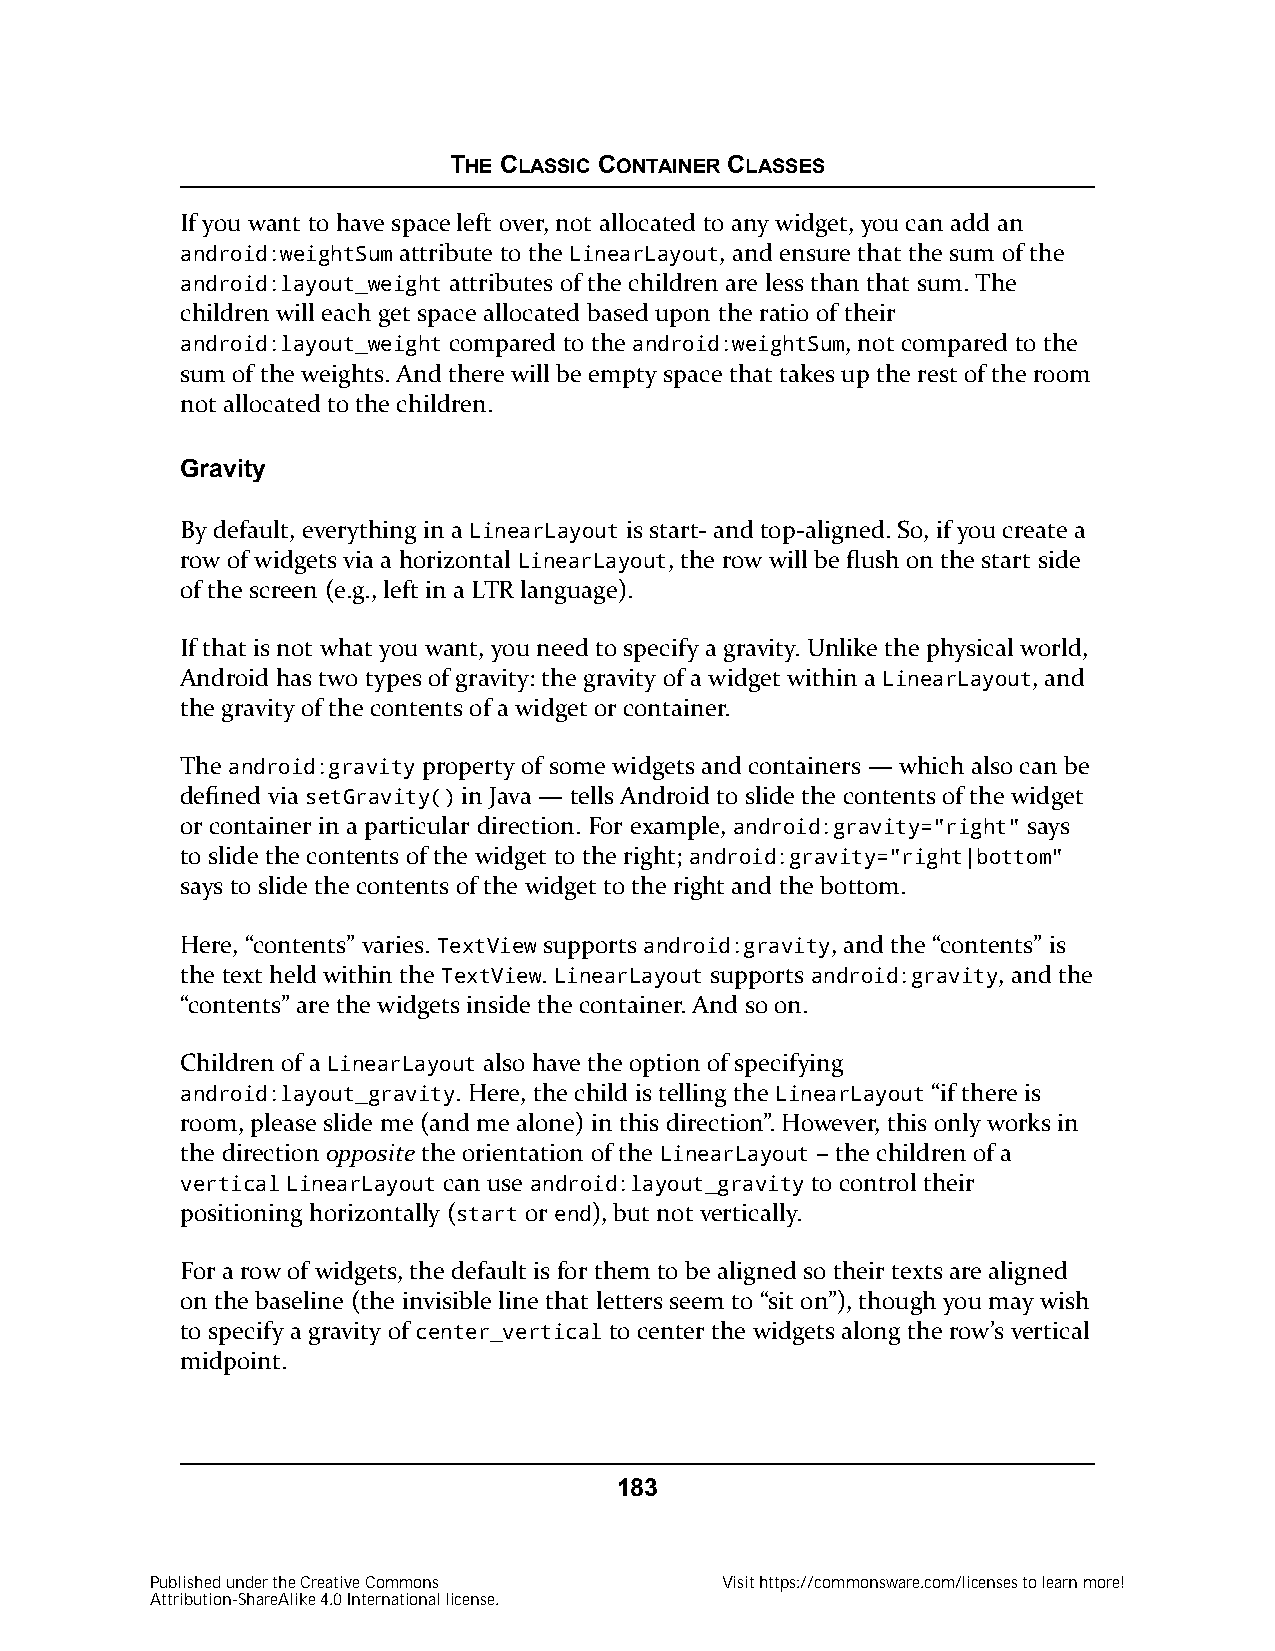
THE CLASSIC CONTAINER CLASSES
 If you want to have space left over, not allocated to any widget, you can add an
 android:weightSum attribute to the LinearLayout, and ensure that the sum of the
 android:layout_weight attributes of the children are less than that sum. The
 children will each get space allocated based upon the ratio of their
 android:layout_weight compared to the android:weightSum, not compared to the
 sum of the weights. And there will be empty space that takes up the rest of the room
 not allocated to the children.
 Gravity
 By default, everything in a LinearLayout is start- and top-aligned. So, if you create a
 row of widgets via a horizontal LinearLayout, the row will be flush on the start side
 of the screen (e.g., left in a LTR language).
 If that is not what you want, you need to specify a gravity. Unlike the physical world,
 Android has two types of gravity: the gravity of a widget within a LinearLayout, and
 the gravity of the contents of a widget or container.
 The android:gravity property of some widgets and containers — which also can be
 defined via setGravity() in Java — tells Android to slide the contents of the widget
 or container in a particular direction. For example, android:gravity="right" says
 to slide the contents of the widget to the right; android:gravity="right|bottom"
 says to slide the contents of the widget to the right and the bottom.
 Here, “contents” varies. TextView supports android:gravity, and the “contents” is
 the text held within the TextView. LinearLayout supports android:gravity, and the
 “contents” are the widgets inside the container. And so on.
 Children of a LinearLayout also have the option of specifying
 android:layout_gravity. Here, the child is telling the LinearLayout “if there is
 room, please slide me (and me alone) in this direction”. However, this only works in
 the direction opposite the orientation of the LinearLayout – the children of a
 vertical LinearLayout can use android:layout_gravity to control their
 positioning horizontally (start or end), but not vertically.
 For a row of widgets, the default is for them to be aligned so their texts are aligned
 on the baseline (the invisible line that letters seem to “sit on”), though you may wish
 to specify a gravity of center_vertical to center the widgets along the row’s vertical
 midpoint.
 183
 Published under the Creative Commons  Visit https://commonsware.com/licenses to learn more!
 Attribution-ShareAlike 4.0 International license.